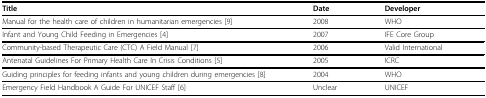
<table><thead><tr><td><b>Title</b></td><td><b>Date</b></td><td><b>Developer</b></td></tr></thead><tbody><tr><td>Manual for the health care of children in humanitarian emergencies [9]</td><td>2008</td><td>WHO</td></tr><tr><td>Infant and Young Child Feeding in Emergencies [4]</td><td>2007</td><td>IFE Core Group</td></tr><tr><td>Community-based Therapeutic Care (CTC) A Field Manual [7]</td><td>2006</td><td>Valid International</td></tr><tr><td>Antenatal Guidelines For Primary Health Care In Crisis Conditions [5]</td><td>2005</td><td>ICRC</td></tr><tr><td>Guiding principles for feeding infants and young children during emergencies [8]</td><td>2004</td><td>WHO</td></tr><tr><td>Emergency Field Handbook A Guide For UNICEF Staff [6]</td><td>Unclear</td><td>UNICEF</td></tr></tbody></table>